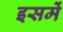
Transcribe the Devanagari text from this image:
इसमेें